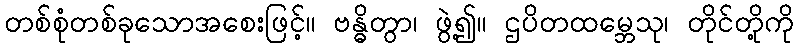
တစ်စုံတစ်ခုသောအစေးဖြင့်။ ဗန္ဓိတွာ၊ ဖွဲ့၍။ ဌပိတထမ္ဘေသု၊ တိုင်တို့ကို